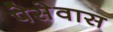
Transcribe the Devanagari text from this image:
पेसेवास